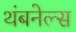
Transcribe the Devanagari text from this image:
थंबनेल्स